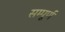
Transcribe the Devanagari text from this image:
सम्पूूूर्ण